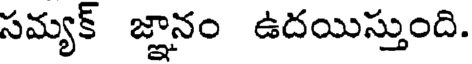
సమ్యక్ జ్ఞానం ఉదయిస్తుంది.